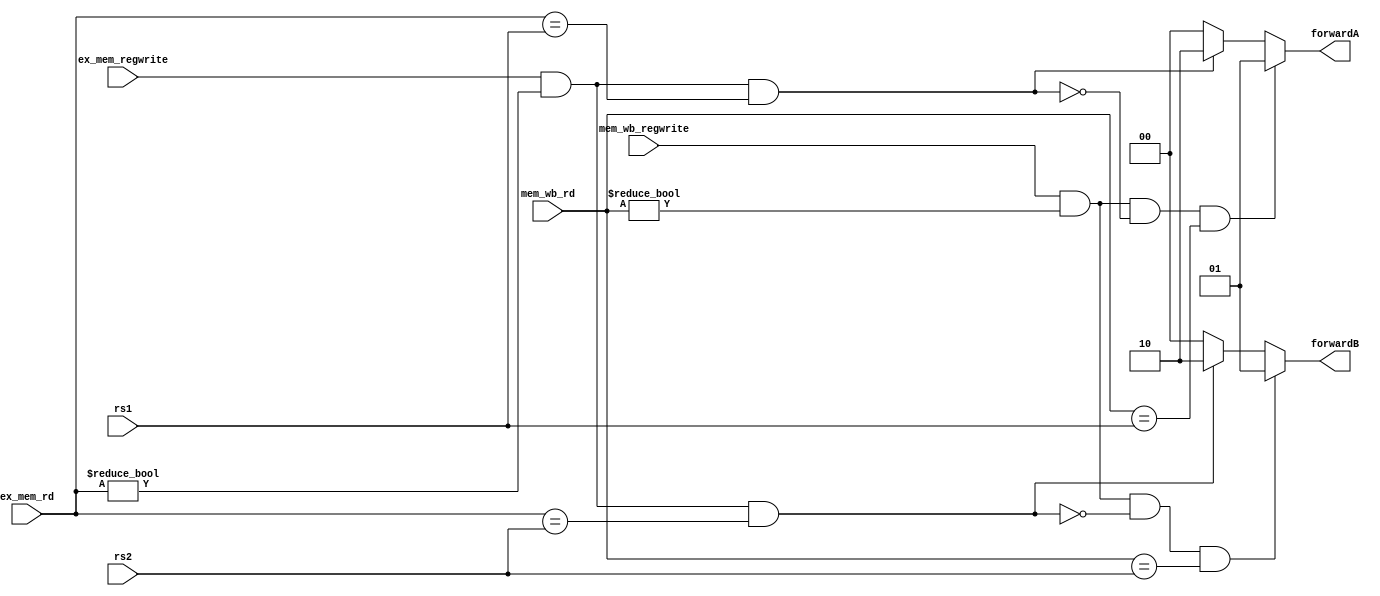
`timescale 1ns / 1ps
//////////////////////////////////////////////////////////////////////////////////
// Company: 
// Engineer: 
// 
// Design Name: 
// Module Name: forwarding
// Project Name: 
// Target Devices: 
// Tool Versions: 
// Description: 
// 
// Dependencies: 
// 
// Revision:
// Revision 0.01 - File Created
// Additional Comments:
// 
//////////////////////////////////////////////////////////////////////////////////


module forwarding(input [4:0] rs1,
                  input [4:0] rs2,
                  input [4:0] ex_mem_rd,
                  input [4:0] mem_wb_rd,
                  input ex_mem_regwrite,
                  input mem_wb_regwrite,
                  output reg [1:0] forwardA,forwardB);
                  
    always@(*) begin
        forwardA = 0;
        forwardB = 0;
    
        if (ex_mem_regwrite == 1 && ex_mem_rd != 0 && ex_mem_rd == rs1)
            forwardA <= 2'b10;
        if (ex_mem_regwrite == 1 && ex_mem_rd != 0 && ex_mem_rd == rs2)
            forwardB <= 2'b10;
            
        if (mem_wb_regwrite == 1 && mem_wb_rd != 0
            && !(ex_mem_regwrite == 1 && ex_mem_rd != 0 && ex_mem_rd == rs1)
            && mem_wb_rd == rs1)
            forwardA <= 2'b01;
        if (mem_wb_regwrite == 1 && mem_wb_rd != 0
            && !(ex_mem_regwrite == 1 && ex_mem_rd != 0 && ex_mem_rd == rs2)
            && mem_wb_rd == rs2)
            forwardB <= 2'b01;
    end
                  
endmodule